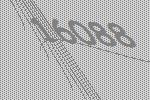
16088